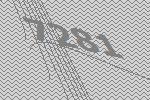
7281